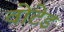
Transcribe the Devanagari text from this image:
वोटेड